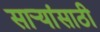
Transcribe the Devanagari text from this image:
सार्‍यांसाठी